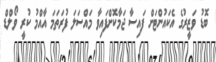
ބޮޑު ވަޒީރުގެ އެކައުންޓަށް ފައިސާ ޖަމާކޮށްފައިވާ މައްސަލަ ފުރަތަމަ އާއްމު ކުރީ ވޯލްޑް